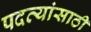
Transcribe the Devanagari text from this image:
पदव्यांसाठी